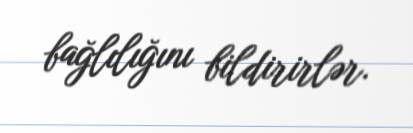
bağlılığını bildirirlər.